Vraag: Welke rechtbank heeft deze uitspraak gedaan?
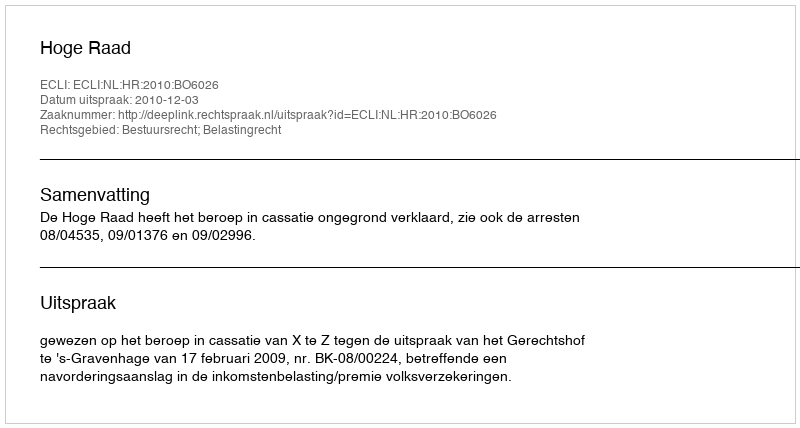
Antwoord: Hoge Raad